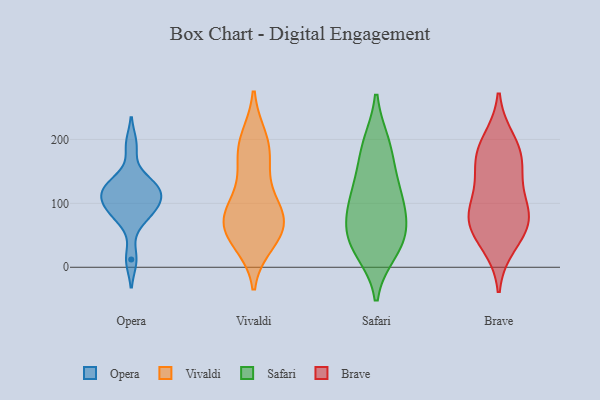
{"axis": {"x": "Waste Production (Tons)", "y": "Value"}, "legend": ["Brave", "Opera", "Safari", "Vivaldi"], "data": [{"x": "", "y": 127, "type": "Opera"}, {"x": "", "y": 191, "type": "Opera"}, {"x": "", "y": 114, "type": "Opera"}, {"x": "", "y": 130, "type": "Opera"}, {"x": "", "y": 83, "type": "Opera"}, {"x": "", "y": 101, "type": "Opera"}, {"x": "", "y": 12, "type": "Opera"}, {"x": "", "y": 79, "type": "Opera"}, {"x": "", "y": 102, "type": "Opera"}, {"x": "", "y": 127, "type": "Opera"}, {"x": "", "y": 53, "type": "Vivaldi"}, {"x": "", "y": 103, "type": "Vivaldi"}, {"x": "", "y": 200, "type": "Vivaldi"}, {"x": "", "y": 83, "type": "Vivaldi"}, {"x": "", "y": 81, "type": "Vivaldi"}, {"x": "", "y": 59, "type": "Vivaldi"}, {"x": "", "y": 151, "type": "Vivaldi"}, {"x": "", "y": 178, "type": "Vivaldi"}, {"x": "", "y": 192, "type": "Vivaldi"}, {"x": "", "y": 40, "type": "Vivaldi"}, {"x": "", "y": 56, "type": "Vivaldi"}, {"x": "", "y": 81, "type": "Vivaldi"}, {"x": "", "y": 46, "type": "Safari"}, {"x": "", "y": 38, "type": "Safari"}, {"x": "", "y": 53, "type": "Safari"}, {"x": "", "y": 27, "type": "Safari"}, {"x": "", "y": 135, "type": "Safari"}, {"x": "", "y": 185, "type": "Safari"}, {"x": "", "y": 191, "type": "Safari"}, {"x": "", "y": 115, "type": "Safari"}, {"x": "", "y": 90, "type": "Safari"}, {"x": "", "y": 94, "type": "Safari"}, {"x": "", "y": 61, "type": "Brave"}, {"x": "", "y": 108, "type": "Brave"}, {"x": "", "y": 72, "type": "Brave"}, {"x": "", "y": 36, "type": "Brave"}, {"x": "", "y": 178, "type": "Brave"}, {"x": "", "y": 197, "type": "Brave"}, {"x": "", "y": 77, "type": "Brave"}, {"x": "", "y": 86, "type": "Brave"}, {"x": "", "y": 153, "type": "Brave"}, {"x": "", "y": 167, "type": "Brave"}]}